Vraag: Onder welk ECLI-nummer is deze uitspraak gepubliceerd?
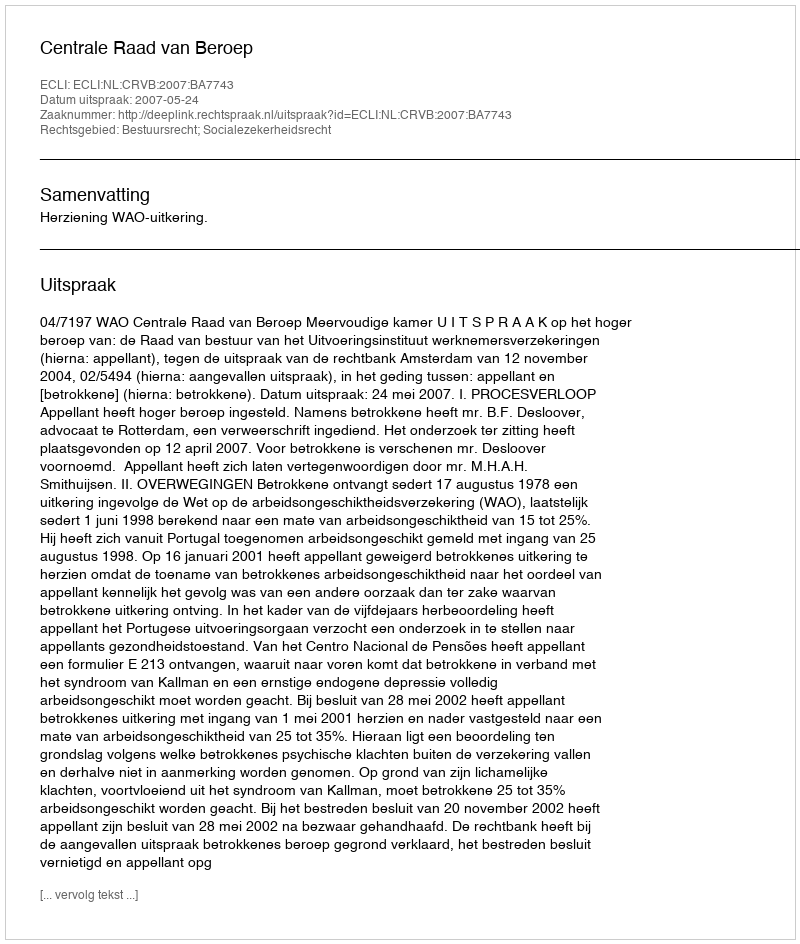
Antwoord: ECLI:NL:CRVB:2007:BA7743